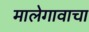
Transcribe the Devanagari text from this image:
मालेगावाचा